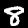
Digit: 8